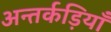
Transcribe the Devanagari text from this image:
अन्तर्कड़ियाँ